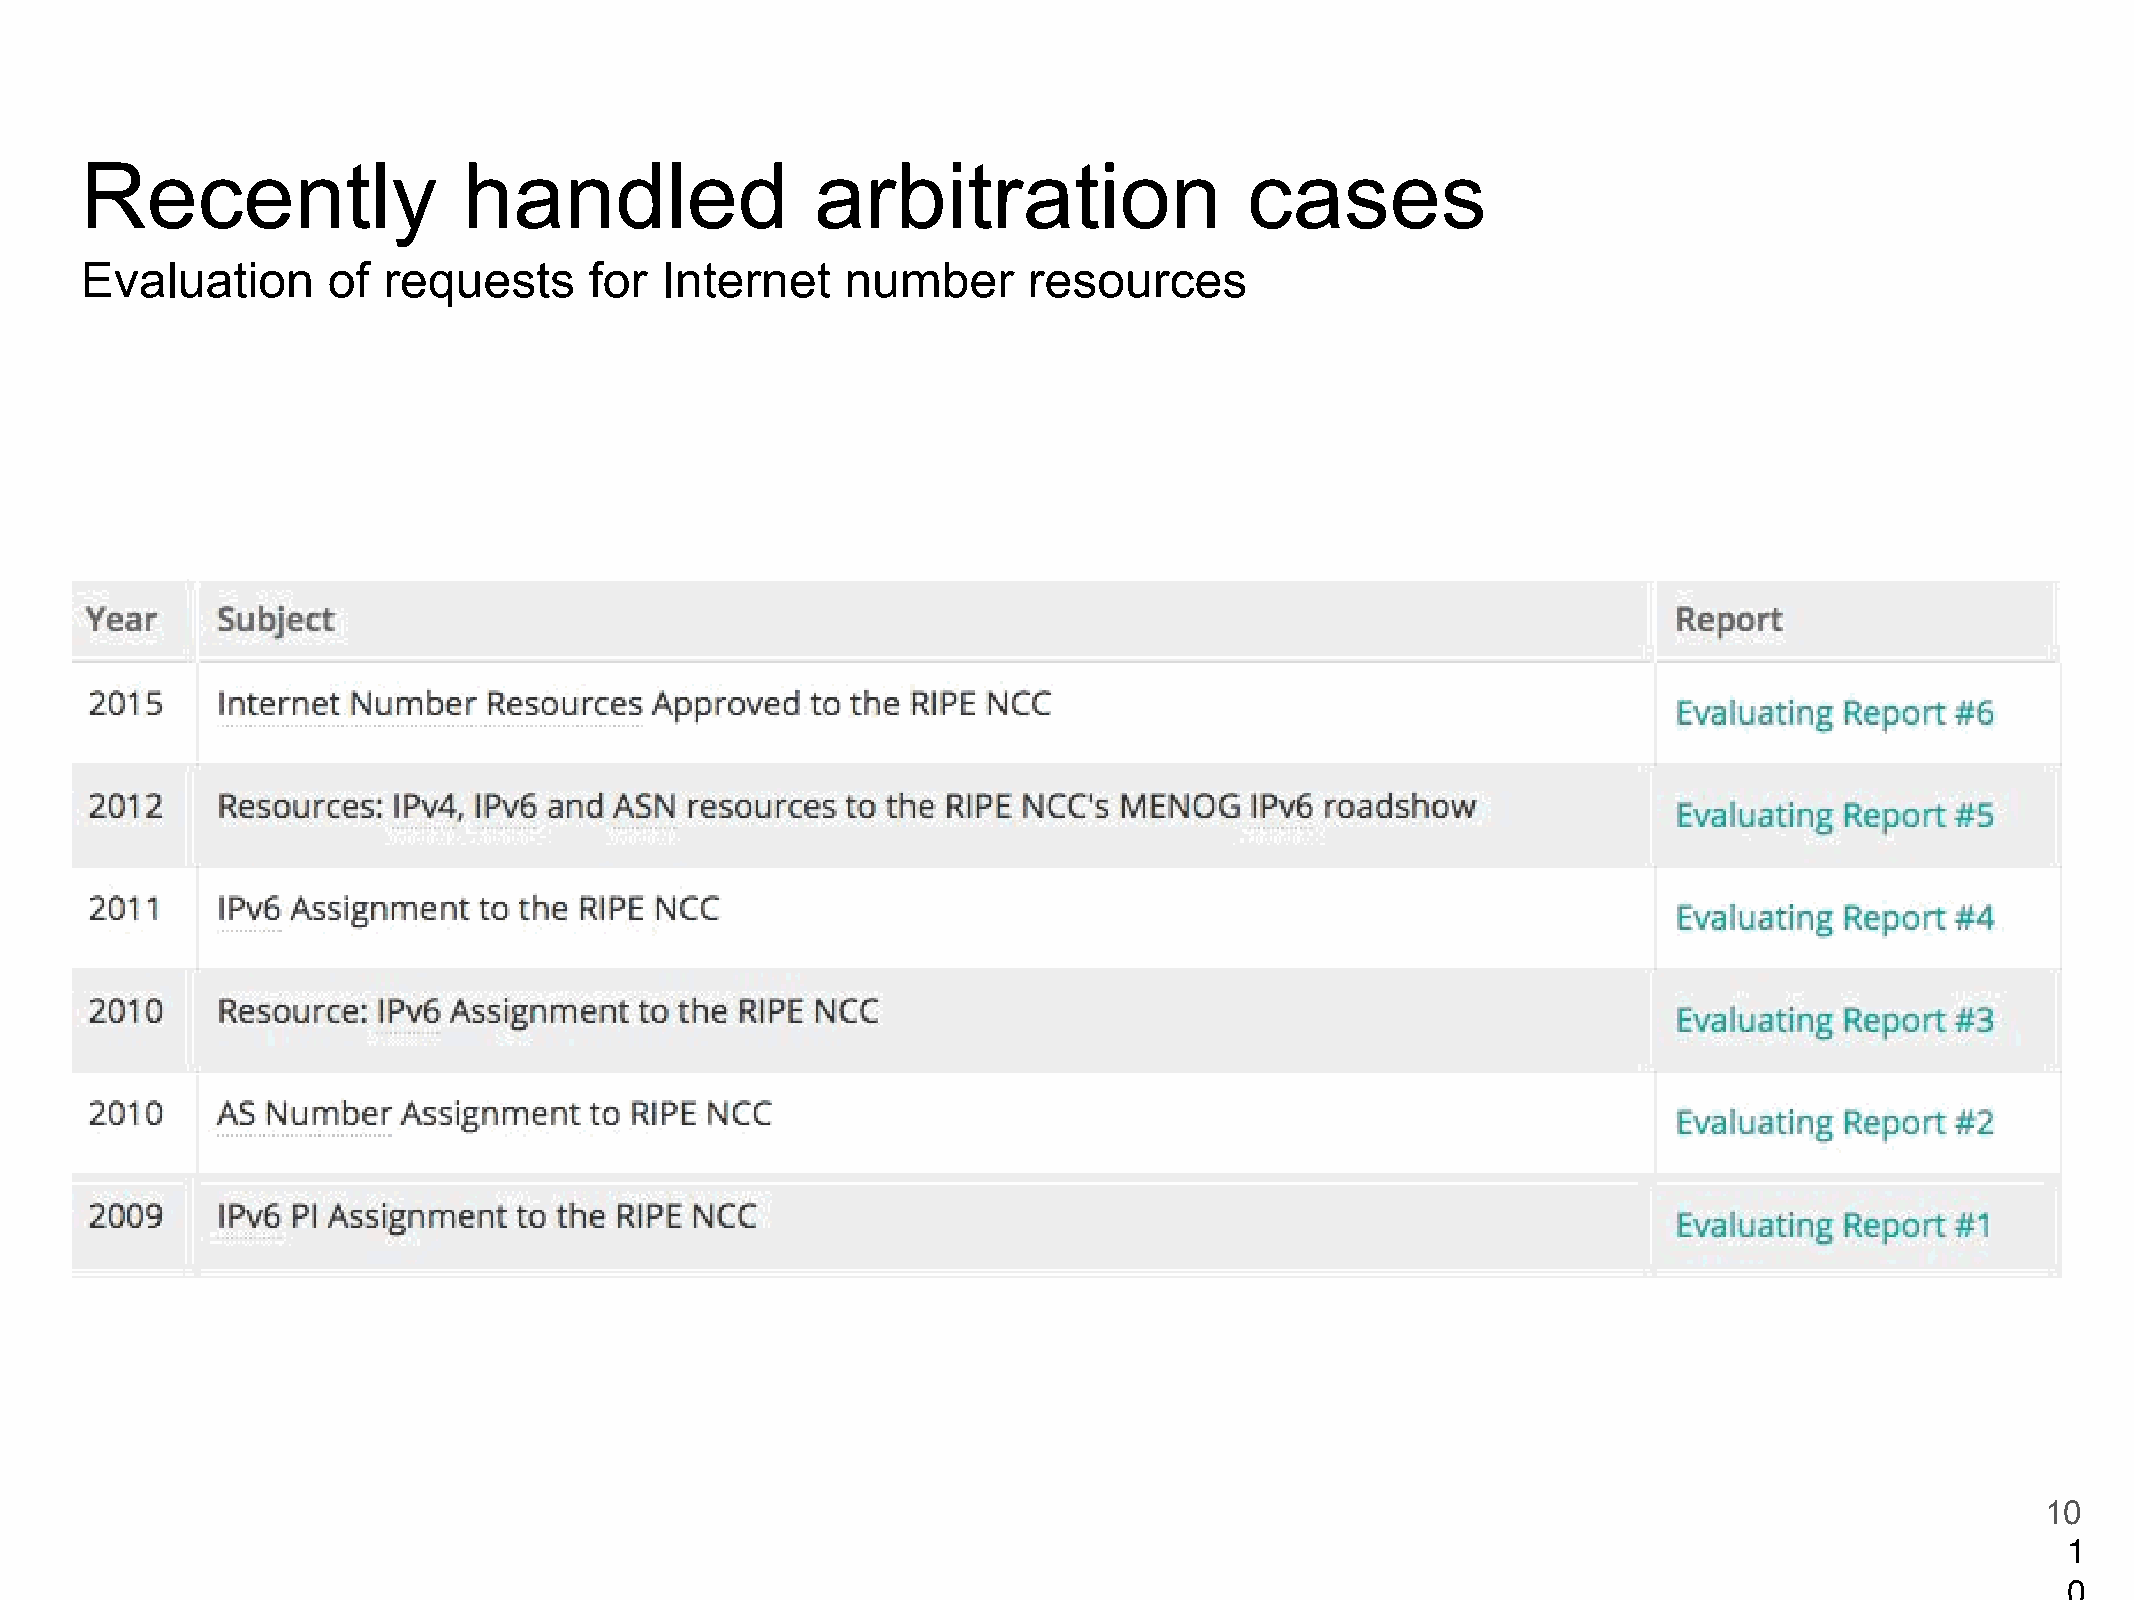
Recently                  handled                arbitration                  cases
 Evaluation       of requests      for  Internet    number      resources
 10
 1
 0